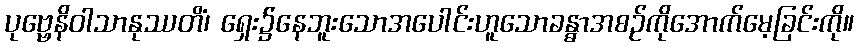
ပုဗ္ဗေနိဝါသာနုဿတိံ၊ ရှေး၌နေဘူးသောအပေါင်းဟူသောခန္ဓာအစဉ်ကိုအောက်မေ့ခြင်းကို။